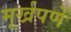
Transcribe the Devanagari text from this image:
मूर्खपणें